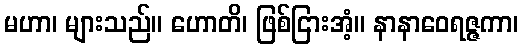
မဟာ၊ များသည်။ ဟောတိ၊ ဖြစ်ငြားအံ့။ နာနာဝေရဇ္ဇကာ၊